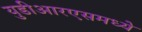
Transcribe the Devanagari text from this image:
युडीआरएसमध्ये